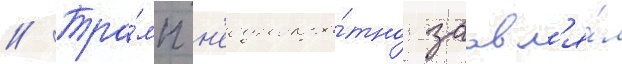
// Тра́мп н'еоднокра́тно заавл'я́л